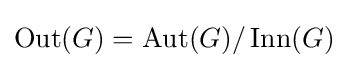
\operatorname {Out} (G)=\operatorname {Aut} (G)/\operatorname {Inn} (G)